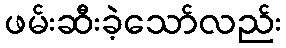
ဖမ်းဆီးခဲ့သော်လည်း